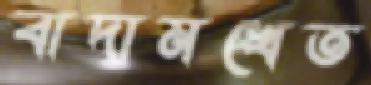
বাদামখেত